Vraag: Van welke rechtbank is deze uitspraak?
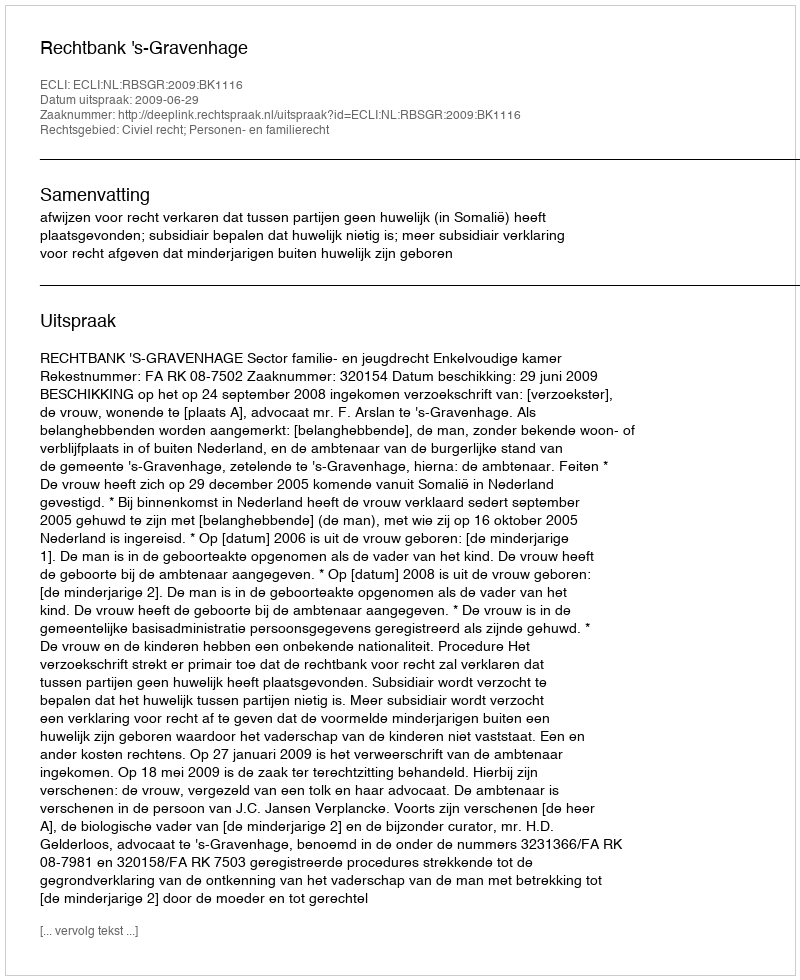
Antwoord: Rechtbank 's-Gravenhage